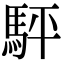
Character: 駍